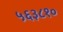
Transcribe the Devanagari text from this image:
५६३८१०